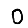
Digit: 0